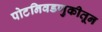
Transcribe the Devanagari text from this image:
पोटनिवडणुकीतून